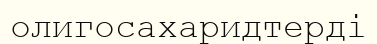
олигосахаридтерді